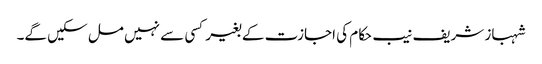
شہباز شریف نیب حکام کی اجازت کے بغیر کسی سے نہیں مل سکیں گے۔